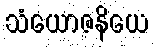
သံယောဇနိယေ